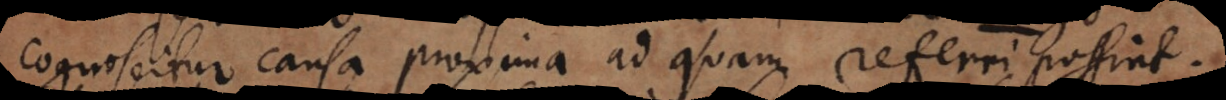
cognoscitur causa proxima ad quam referri possi